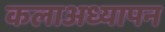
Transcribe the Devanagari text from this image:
कलाअध्यापन